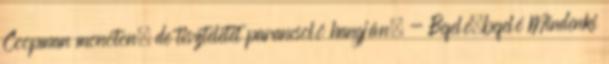
Coopman monoton, de tiszteletet parancsoló hangján. - Befelé,befelé Mindenki